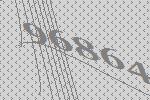
96864